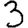
Digit: 3